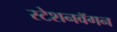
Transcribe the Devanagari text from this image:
स्टेशनवॅगन